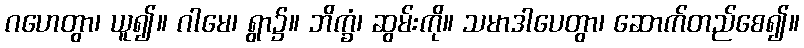
ဂဟေတွာ၊ ယူ၍။ ဂါမေ၊ ရွာ၌။ ဘိက္ခံ၊ ဆွမ်းကို။ သမာဒါပေတွာ၊ ဆောက်တည်စေ၍။